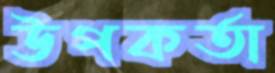
উপকর্তা